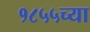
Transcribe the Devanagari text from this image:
१८५५च्या